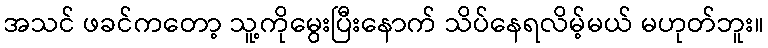
အသင် ဖခင်ကတော့ သူ့ကိုမွေးပြီးနောက် သိပ်နေရလိမ့်မယ် မဟုတ်ဘူး။